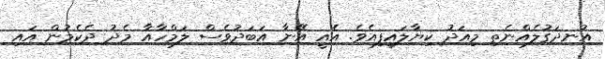
އުނދަގުލެއްނެތި މިއަދު ކިޔާލައިފިއެވެ. އެއީ އޭނާ އަބަދުވެސް ލަމްހާއާ މެދު ދެކެމުން އައި